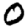
Digit: 0